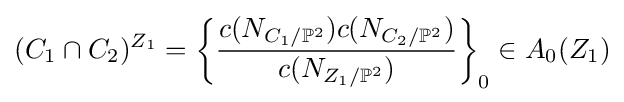
(C_{1}\cap C_{2})^{Z_{1}}=\left\{{\frac {c(N_{C_{1}/\mathbb {P} ^{2}})c(N_{C_{2}/\mathbb {P} ^{2}})}{c(N_{Z_{1}/\mathbb {P} ^{2}})}}\right\}_{0}\in A_{0}(Z_{1})